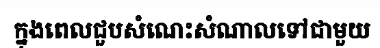
ក្នុងពេលជួបសំណេះសំណាលទៅជាមួយ